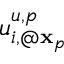
u _ { i , @ { \mathbf x } _ { p } } ^ { u , p }